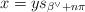
\begin{align*} x = y s_{\beta^\vee +n \pi} \end{align*}